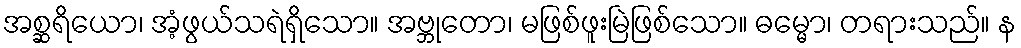
အစ္ဆရိယော၊ အံ့ဖွယ်သရဲရှိသော။ အဗ္ဘုတော၊ မဖြစ်ဖူးမြဲဖြစ်သော။ ဓမ္မော၊ တရားသည်။ န